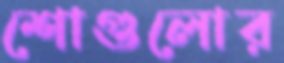
শোগুলোর